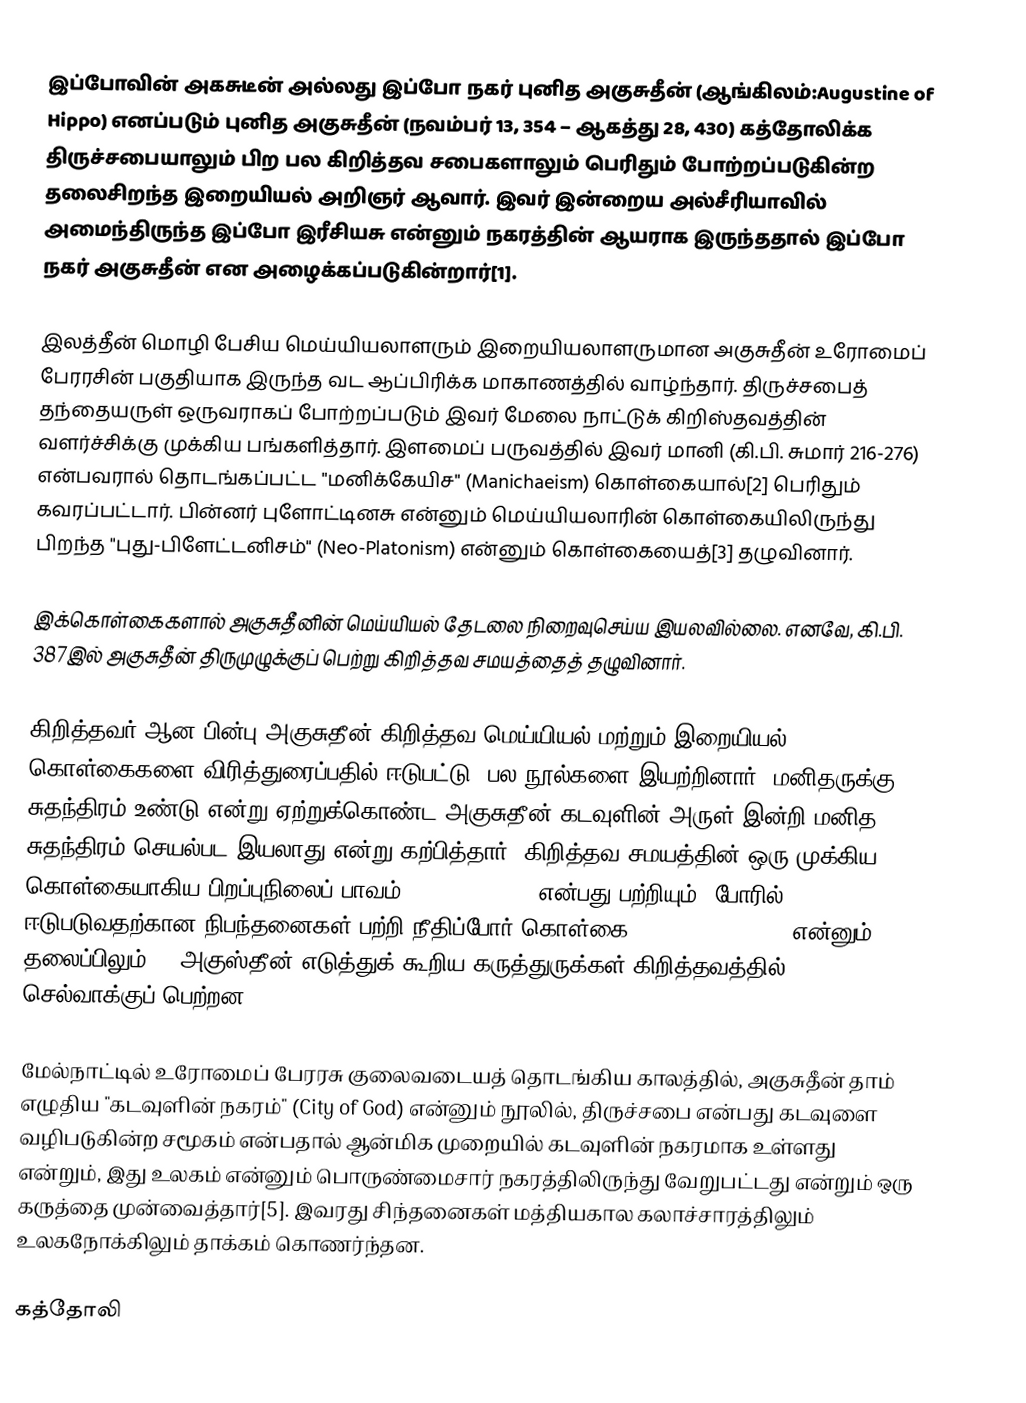
இப்போவின் அகசுடீன் அல்லது இப்போ நகர் புனித அகுசுதீன் (ஆங்கிலம்:Augustine of Hippo) எனப்படும் புனித அகுசுதீன் (நவம்பர் 13, 354 – ஆகத்து 28, 430) கத்தோலிக்க திருச்சபையாலும் பிற பல கிறித்தவ சபைகளாலும் பெரிதும் போற்றப்படுகின்ற தலைசிறந்த இறையியல் அறிஞர் ஆவார். இவர் இன்றைய அல்சீரியாவில் அமைந்திருந்த இப்போ இரீசியசு என்னும் நகரத்தின் ஆயராக இருந்ததால் இப்போ நகர் அகுசுதீன் என அழைக்கப்படுகின்றார்[1].

இலத்தீன் மொழி பேசிய மெய்யியலாளரும் இறையியலாளருமான அகுசுதீன் உரோமைப் பேரரசின் பகுதியாக இருந்த வட ஆப்பிரிக்க மாகாணத்தில் வாழ்ந்தார். திருச்சபைத் தந்தையருள் ஒருவராகப் போற்றப்படும் இவர் மேலை நாட்டுக் கிறிஸ்தவத்தின் வளர்ச்சிக்கு முக்கிய பங்களித்தார். இளமைப் பருவத்தில் இவர் மானி (கி.பி. சுமார் 216-276) என்பவரால் தொடங்கப்பட்ட "மனிக்கேயிச" (Manichaeism) கொள்கையால்[2] பெரிதும் கவரப்பட்டார். பின்னர் புளோட்டினசு என்னும் மெய்யியலாரின் கொள்கையிலிருந்து பிறந்த "புது-பிளேட்டனிசம்" (Neo-Platonism) என்னும் கொள்கையைத்[3] தழுவினார்.

இக்கொள்கைகளால் அகுசுதீனின் மெய்யியல் தேடலை நிறைவுசெய்ய இயலவில்லை. எனவே, கி.பி. 387இல் அகுசுதீன் திருமுழுக்குப் பெற்று கிறித்தவ சமயத்தைத் தழுவினார்.

கிறித்தவர் ஆன பின்பு அகுசுதீன் கிறித்தவ மெய்யியல் மற்றும் இறையியல் கொள்கைகளை விரித்துரைப்பதில் ஈடுபட்டு, பல நூல்களை இயற்றினார். மனிதருக்கு சுதந்திரம் உண்டு என்று ஏற்றுக்கொண்ட அகுசுதீன் கடவுளின் அருள் இன்றி மனித சுதந்திரம் செயல்பட இயலாது என்று கற்பித்தார். கிறித்தவ சமயத்தின் ஒரு முக்கிய கொள்கையாகிய பிறப்புநிலைப் பாவம் (original sin) என்பது பற்றியும், போரில் ஈடுபடுவதற்கான நிபந்தனைகள் பற்றி நீதிப்போர் கொள்கை (just war theory) என்னும் தலைப்பிலும்[4] அகுஸ்தீன் எடுத்துக் கூறிய கருத்துருக்கள் கிறித்தவத்தில் செல்வாக்குப் பெற்றன.

மேல்நாட்டில் உரோமைப் பேரரசு குலைவடையத் தொடங்கிய காலத்தில், அகுசுதீன் தாம் எழுதிய "கடவுளின் நகரம்" (City of God) என்னும் நூலில், திருச்சபை என்பது கடவுளை வழிபடுகின்ற சமூகம் என்பதால் ஆன்மிக முறையில் கடவுளின் நகரமாக உள்ளது என்றும், இது உலகம் என்னும் பொருண்மைசார் நகரத்திலிருந்து வேறுபட்டது என்றும் ஒரு கருத்தை முன்வைத்தார்[5]. இவரது சிந்தனைகள் மத்தியகால கலாச்சாரத்திலும் உலகநோக்கிலும் தாக்கம் கொணர்ந்தன.

கத்தோலி